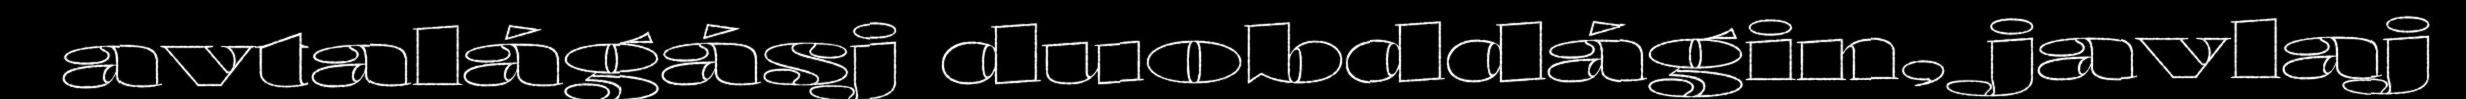
avtalágásj duobddágin, javlaj